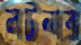
লটনার